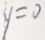
y = 0